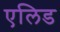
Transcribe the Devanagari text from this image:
एलिड